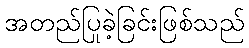
အတည်ပြုခဲ့ခြင်းဖြစ်သည်